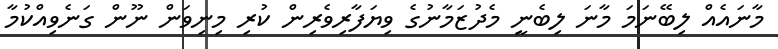
މާނައެއް ލިބޭނަމަ މާނަ ލިބެނީ މެދުޒަމާނުގެ ވިޔަފާރިވެރިން ކުރި މިނިވަން ނޫން ގަނެވިއްކުމާ